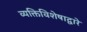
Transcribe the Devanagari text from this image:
व्यक्तिविशेषाद्वारे